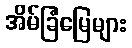
အိမ်ခြံမြေများ